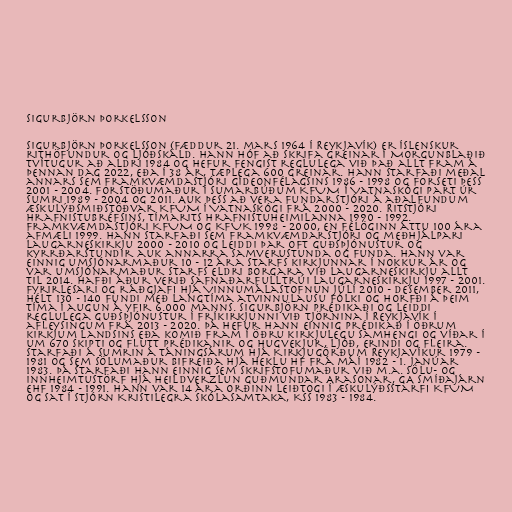
Sigurbjörn Þorkelsson

Sigurbjörn Þorkelsson (fæddur 21. mars 1964 í Reykjavík) er íslenskur
rithöfundur og ljóðskáld. Hann hóf að skrifa greinar í Morgunblaðið
tvítugur að aldri 1984 og hefur fengist reglulega við það allt fram á
þennan dag 2022, eða í 38 ár, tæplega 600 greinar. Hann starfaði meðal
annars sem framkvæmdastjóri Gídeonfélagsins 1986 - 1998 og forseti þess
2001 - 2004. Forstöðumaður í sumarbúðum KFUM í Vatnaskógi part úr
sumri 1989 - 2004 og 2011. Auk þess að vera fundarstjóri á aðalfundum
Æskulýðsmiðstöðvar KFUM í Vatnaskógi frá 2000 - 2020. Ritstjóri
Hrafnistubréfsins, tímarits Hrafnistuheimilanna 1990 - 1992.
Framkvæmdastjóri KFUM og KFUK 1998 - 2000, en félöginn áttu 100 ára
afmæli 1999. Hann starfaði sem framkvæmdarstjóri og meðhjálpari
Laugarneskirkju 2000 - 2010 og leiddi þar oft guðsþjónustur og
kyrrðarstundir auk annarra samverustunda og funda. Hann var
einnig umsjónarmaður 10 - 12 ára starfs kirkjunnar í nokkur ár og
var umsjónarmaður starfs eldri borgara við Laugarneskirkju allt
til 2014. Hafði áður verið safnaðarfulltrúi Laugarneskirkju 1997 - 2001.
Fyrirlesari og ráðgjafi hjá Vinnumálastofnun júlí 2010 - desember 2011,
hélt 130 - 140 fundi með langtíma atvinnulausu fólki og horfði á þeim
tíma í augun á yfir 6.000 manns. Sigurbjörn prédikaði og leiddi
reglulega guðsþjónustur í Fríkirkjunni við tjörnina í Reykjavík í
afleysingum frá 2013 - 2020. Þá hefur hann einnig prédikað í öðrum
kirkjum landsins eða komið fram í öðru kirkjulegu samhengi og víðar í
um 670 skipti og flutt prédikanir og hugvekjur, ljóð, erindi og fleira.
Starfaði á sumrin á táningsárum hjá Kirkjugörðum Reykjavíkur 1979 -
1981 og sem sölumaður bifreiða hjá Heklu hf frá máí 1982 - 1. janúar
1983. Þá starfaði hann einnig sem skrifstofumaður við m.a. sölu- og
innheimtustörf hjá heildverzlun Guðmundar Arasonar, GA smíðajárn
ehf 1984 - 1991. Hann var 14 ára orðinn leiðtogi í æskulýðsstarfi KFUM
og sat í stjórn Kristilegra skólasamtaka, KSS 1983 - 1984.